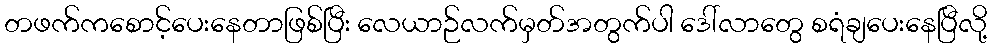
တဖက်ကစောင့်ပေးနေတာဖြစ်ပြီး လေယာဉ်လက်မှတ်အတွက်ပါ ဒေါ်လာတွေ စရံချပေးနေပြီလို့